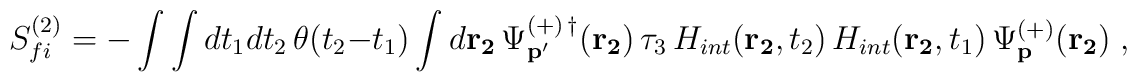
S_{fi}^{(2)}=-\int \int dt_{1}dt_{2}\,\theta (t_{2}-t_{1})\int d{\bf r_{2}}\,\Psi _{{\bf p^{\prime }}}^{(+)\,\dagger }({\bf r_{2}})\,\tau_{3}\,H_{int}( {\bf r_{2}},t_{2})\,H_{int}({\bf r_{2}},t_{1})\,\Psi _{{\bf p}}^{(+)}({\bf r_{2}})\;,